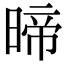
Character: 𭦽